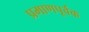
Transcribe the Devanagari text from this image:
प्रमाणपूर्वक